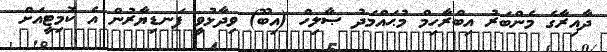
ދާއިރާގެ މެންބަރު އިބްރާހިމް މުޙައްމަދު ޞާލިހް (އިބޫ) ވިދާޅުވީ ފަނޑިޔާރުން އެ ކޮމިޓީއަށް